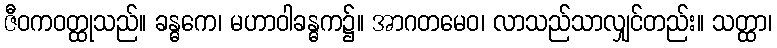
ဇီဝကဝတ္ထုသည်။ ခန္ဓကေ၊ မဟာဝါခန္ဓက၌။ အာဂတမေဝ၊ လာသည်သာလျှင်တည်း။ သတ္ထာ၊